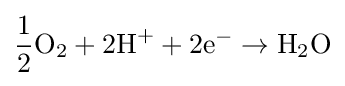
{\frac {1}{2}}\mathrm {O} _{2}+{2\mathrm {H} }^{+}+\mathrm {2e} ^{-}\rightarrow \mathrm {H} _{2}\mathrm {O}